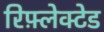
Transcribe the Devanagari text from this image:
रिफ़्लेक्टेड